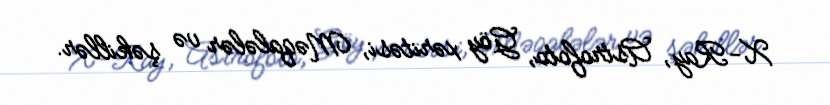
X-Ray, Astrofoto, Göy xəritəsi, Məqalələr və şəkillər.